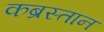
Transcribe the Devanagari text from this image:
कब्रस्‍तान